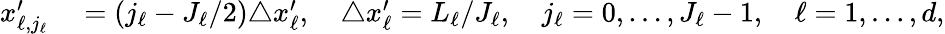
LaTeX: \begin{array}{rl}{x_{\ell,j_{\ell}}^{\prime}}&{{}=(j_{\ell}-J_{\ell}/2)\triangle x_{\ell}^{\prime},\quad\triangle x_{\ell}^{\prime}=L_{\ell}/J_{\ell},\quad j_{\ell}=0,\dots,J_{\ell}-1,\quad\ell=1,\dots,d,}\end{array}